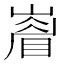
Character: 𭗙